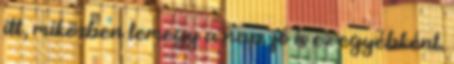
itt, miközben lemegy a nap. jó is ez egyébként.